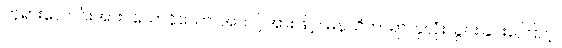
ဘုရားလောင်းအား။ ယောနိသော၊ အသင့်အားဖြင့်။ မနသိကာရာ၊ နှလုံးသွင်းခြင်းကြောင့်။